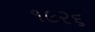
૧૯૨૬